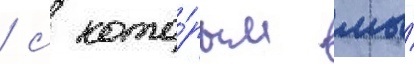
/ с кото́рым мы́